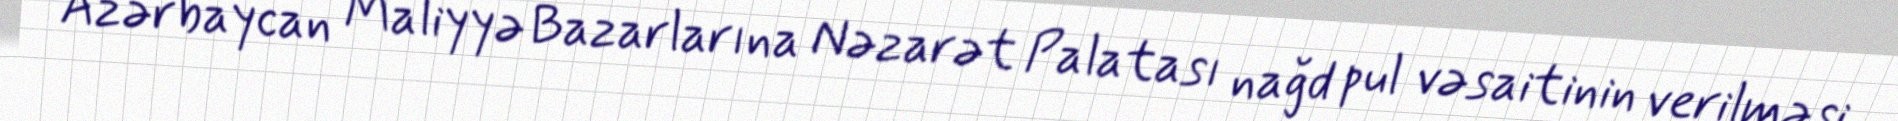
Azərbaycan Maliyyə Bazarlarına Nəzarət Palatası nağd pul vəsaitinin verilməsi